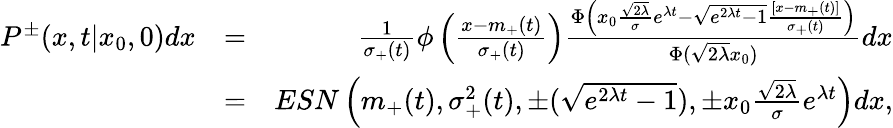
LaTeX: \begin{array}{rlr}{P^{\pm}(x,t|x_{0},0)dx}&{=}&{\frac{1}{\sigma_{+}(t)}\phi\left({\frac{x-m_{+}(t)}{\sigma_{+}(t)}}\right)\frac{\Phi\left(x_{0}\frac{\sqrt{2\lambda}}{\sigma}e^{\lambda t}-\sqrt{e^{2\lambda t}-1}{\frac{[x-m_{+}(t)]}{\sigma_{+}(t)}}\right)}{\Phi(\sqrt{2\lambda}x_{0})}dx}\\ &{=}&{ESN\left(m_{+}(t),\sigma_{+}^{2}(t),\pm(\sqrt{e^{2\lambda t}-1}),\pm x_{0}\frac{\sqrt{2\lambda}}{\sigma}e^{\lambda t}\right)dx,}\end{array}